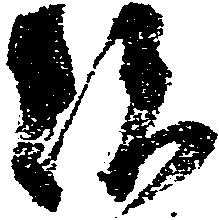
次